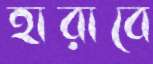
হারাবে